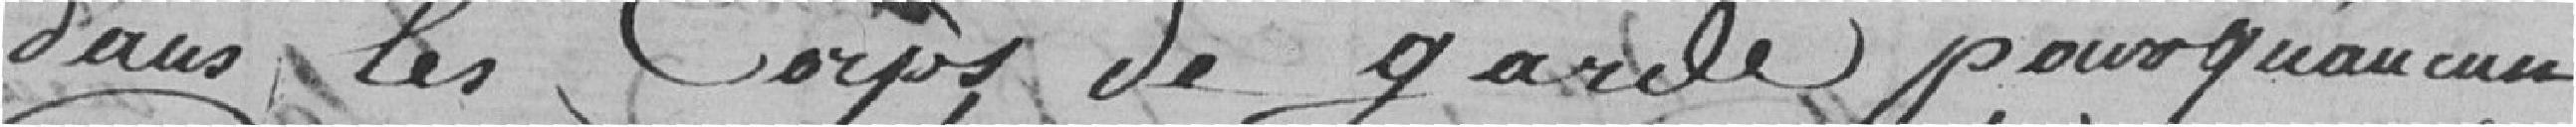
dans les corps de garde pour qu'aucun